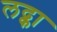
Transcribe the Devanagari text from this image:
लद्का